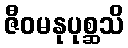
ဇီဝမနုပုစ္ဆသိ